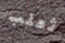
ثعلب